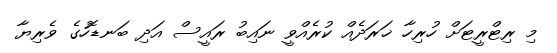
މި ރިޓްރީޓަށް ހުރިހާ ޚަރަދެއް ކުރެއްވީ ނައިބު ރައީސް އަދި ބަނޑޮހުގެ ވެރިޔާ